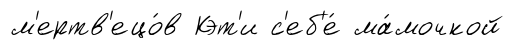
м'ертв'ецо́в Кэт'и с'еб'е́ ма́мочкой